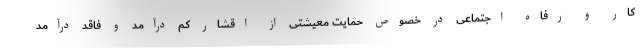
کار و رفاه اجتماعی در خصوص حمایت معیشتی از اقشار کم درآمد و فاقد درآمد